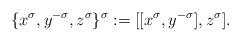
LaTeX: \begin{align*}\{x^\sigma,y^{-\sigma},z^\sigma \}^\sigma := [[x^\sigma,y^{-\sigma}],z^\sigma].\end{align*}